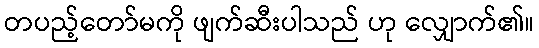
တပည့်တော်မကို ဖျက်ဆီးပါသည် ဟု လျှောက်၏။